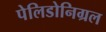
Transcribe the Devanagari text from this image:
पेलिडोनिग्रल